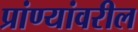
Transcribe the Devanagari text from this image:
प्रांण्यांवरील